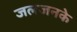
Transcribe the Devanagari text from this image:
जलजनके